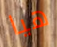
هيا